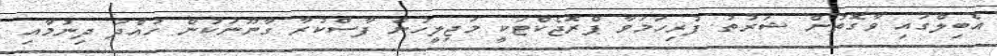
އެބިލްގައި ވާގޮތުން ޝަރުތު ފުރިހަމަވާ ޕްރޮޖެކްޓަކީ މަޖިލީހުން ފާސްކުރާ ގާނޫނަކުން ހުއްދަ ދިނުމާއި